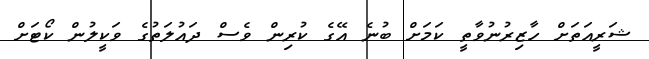
ޝަރީއަތަށް ހާޒިރުނުވާތީ ކަމަށް ބުނެ އޭގެ ކުރިން ވެސް ދައުލަތުގެ ވަކީލުން ކޯޓަށް